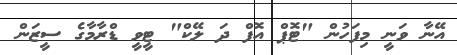
އޭނާ ވަނީ މިފަހުން "ޓޮޕް އޮފް ދަ ލޭކް" ޓީވީ ޑްރާމާގެ ސީޒަން